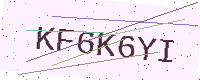
Text: KF6K6YI